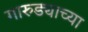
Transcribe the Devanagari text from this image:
गारुड्याच्या